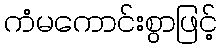
ကံမကောင်းစွာဖြင့်